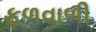
ફળવાળી